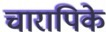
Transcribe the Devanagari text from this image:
चारापिके